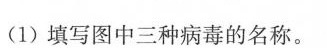
(1)填写图中三种病毒的名称。